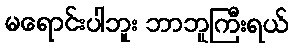
မရောင်းပါဘူး ဘာဘူကြီးရယ်